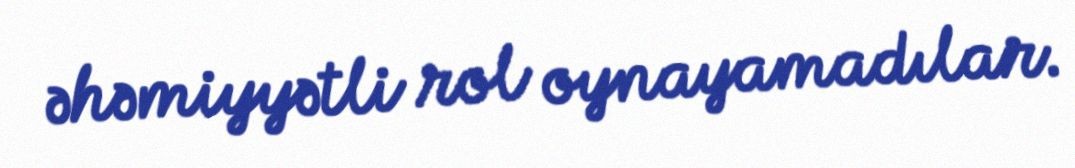
əhəmiyyətli rol oynayamadılar.